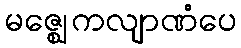
မဇ္ဈေကလျာဏံပေ